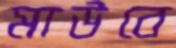
মাউবে